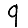
Digit: 9